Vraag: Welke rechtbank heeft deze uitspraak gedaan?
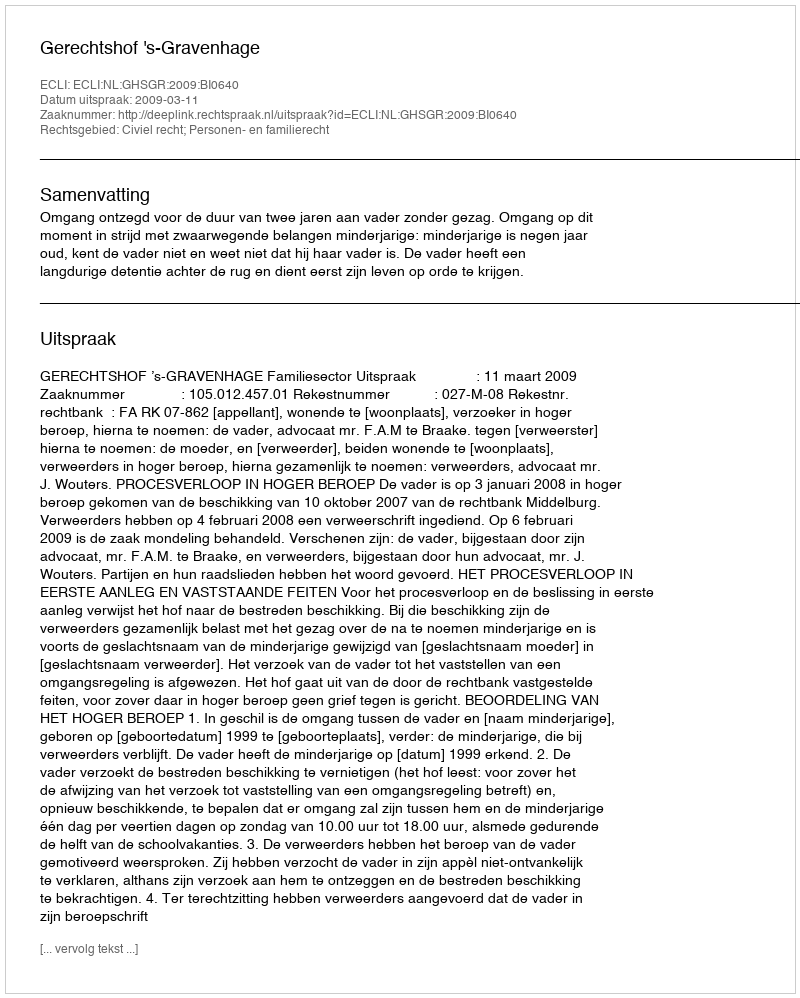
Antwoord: Gerechtshof 's-Gravenhage